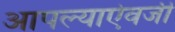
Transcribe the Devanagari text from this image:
आपल्याऐवजी